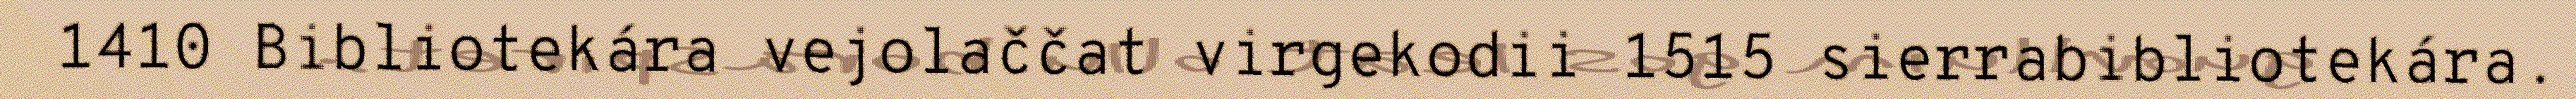
1410 Bibliotekára vejolaččat virgekodii 1515 sierrabibliotekára.